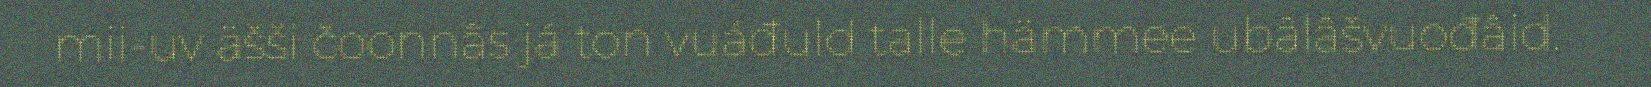
mii-uv äšši čoonnâs já ton vuáđuld talle hämmee ubâlâšvuođâid.